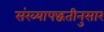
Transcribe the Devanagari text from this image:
संख्यापद्धतीनुसार